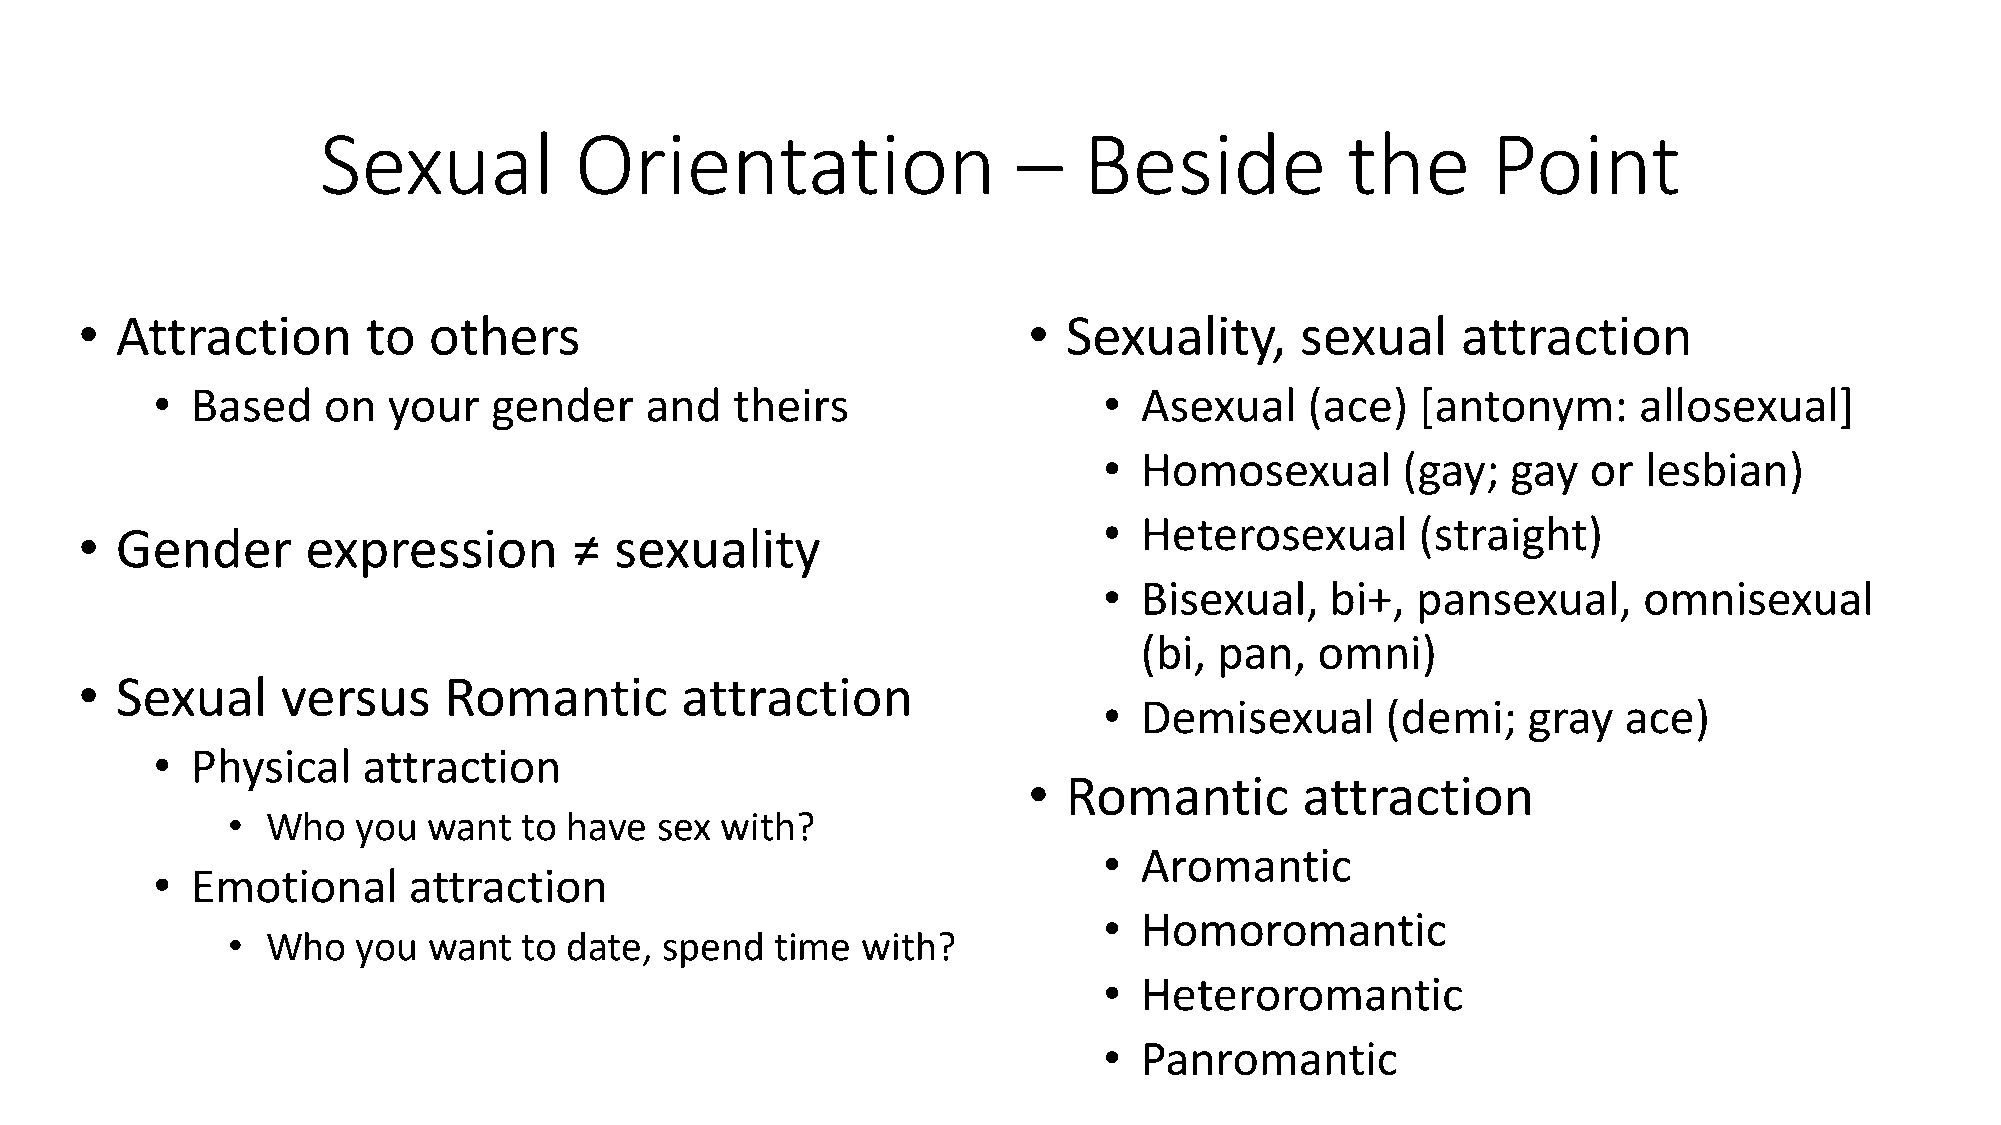
Sexual           Orientation                  –    Beside           the       Point
 •  Attraction      to  others                                  •  Sexuality,     sexual     attraction
 •  Based   on   your   gender    and   theirs                  • Asexual     (ace)  [antonym:     allosexual]
 • Homosexual        (gay;  gay  or  lesbian)
 • Heterosexual       (straight)
 •  Gender      expression        ≠  sexuality
 • Bisexual,    bi+,  pansexual,     omnisexual
 (bi,  pan,  omni)
 •  Sexual     versus    Romantic        attraction
 • Demisexual       (demi;   gray   ace)
 •  Physical   attraction
 •  Romantic       attraction
 •  Who   you want   to have sex  with?
 • Aromantic
 •  Emotional     attraction
 • Homoromantic
 •  Who   you want   to date, spend  time  with?
 • Heteroromantic
 • Panromantic